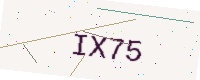
Text: IX75